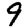
Digit: 9